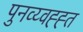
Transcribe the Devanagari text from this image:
पुनव्य्वह्ह्त